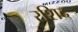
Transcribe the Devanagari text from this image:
रशिद